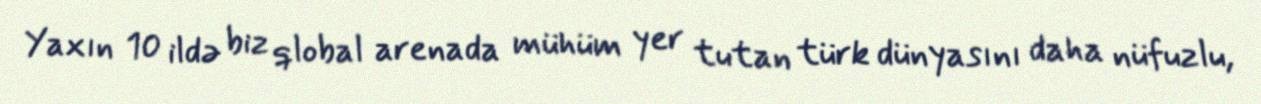
Yaxın 10 ildə biz qlobal arenada mühüm yer tutan türk dünyasını daha nüfuzlu,